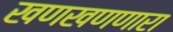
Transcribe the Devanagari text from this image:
खणखणणारा